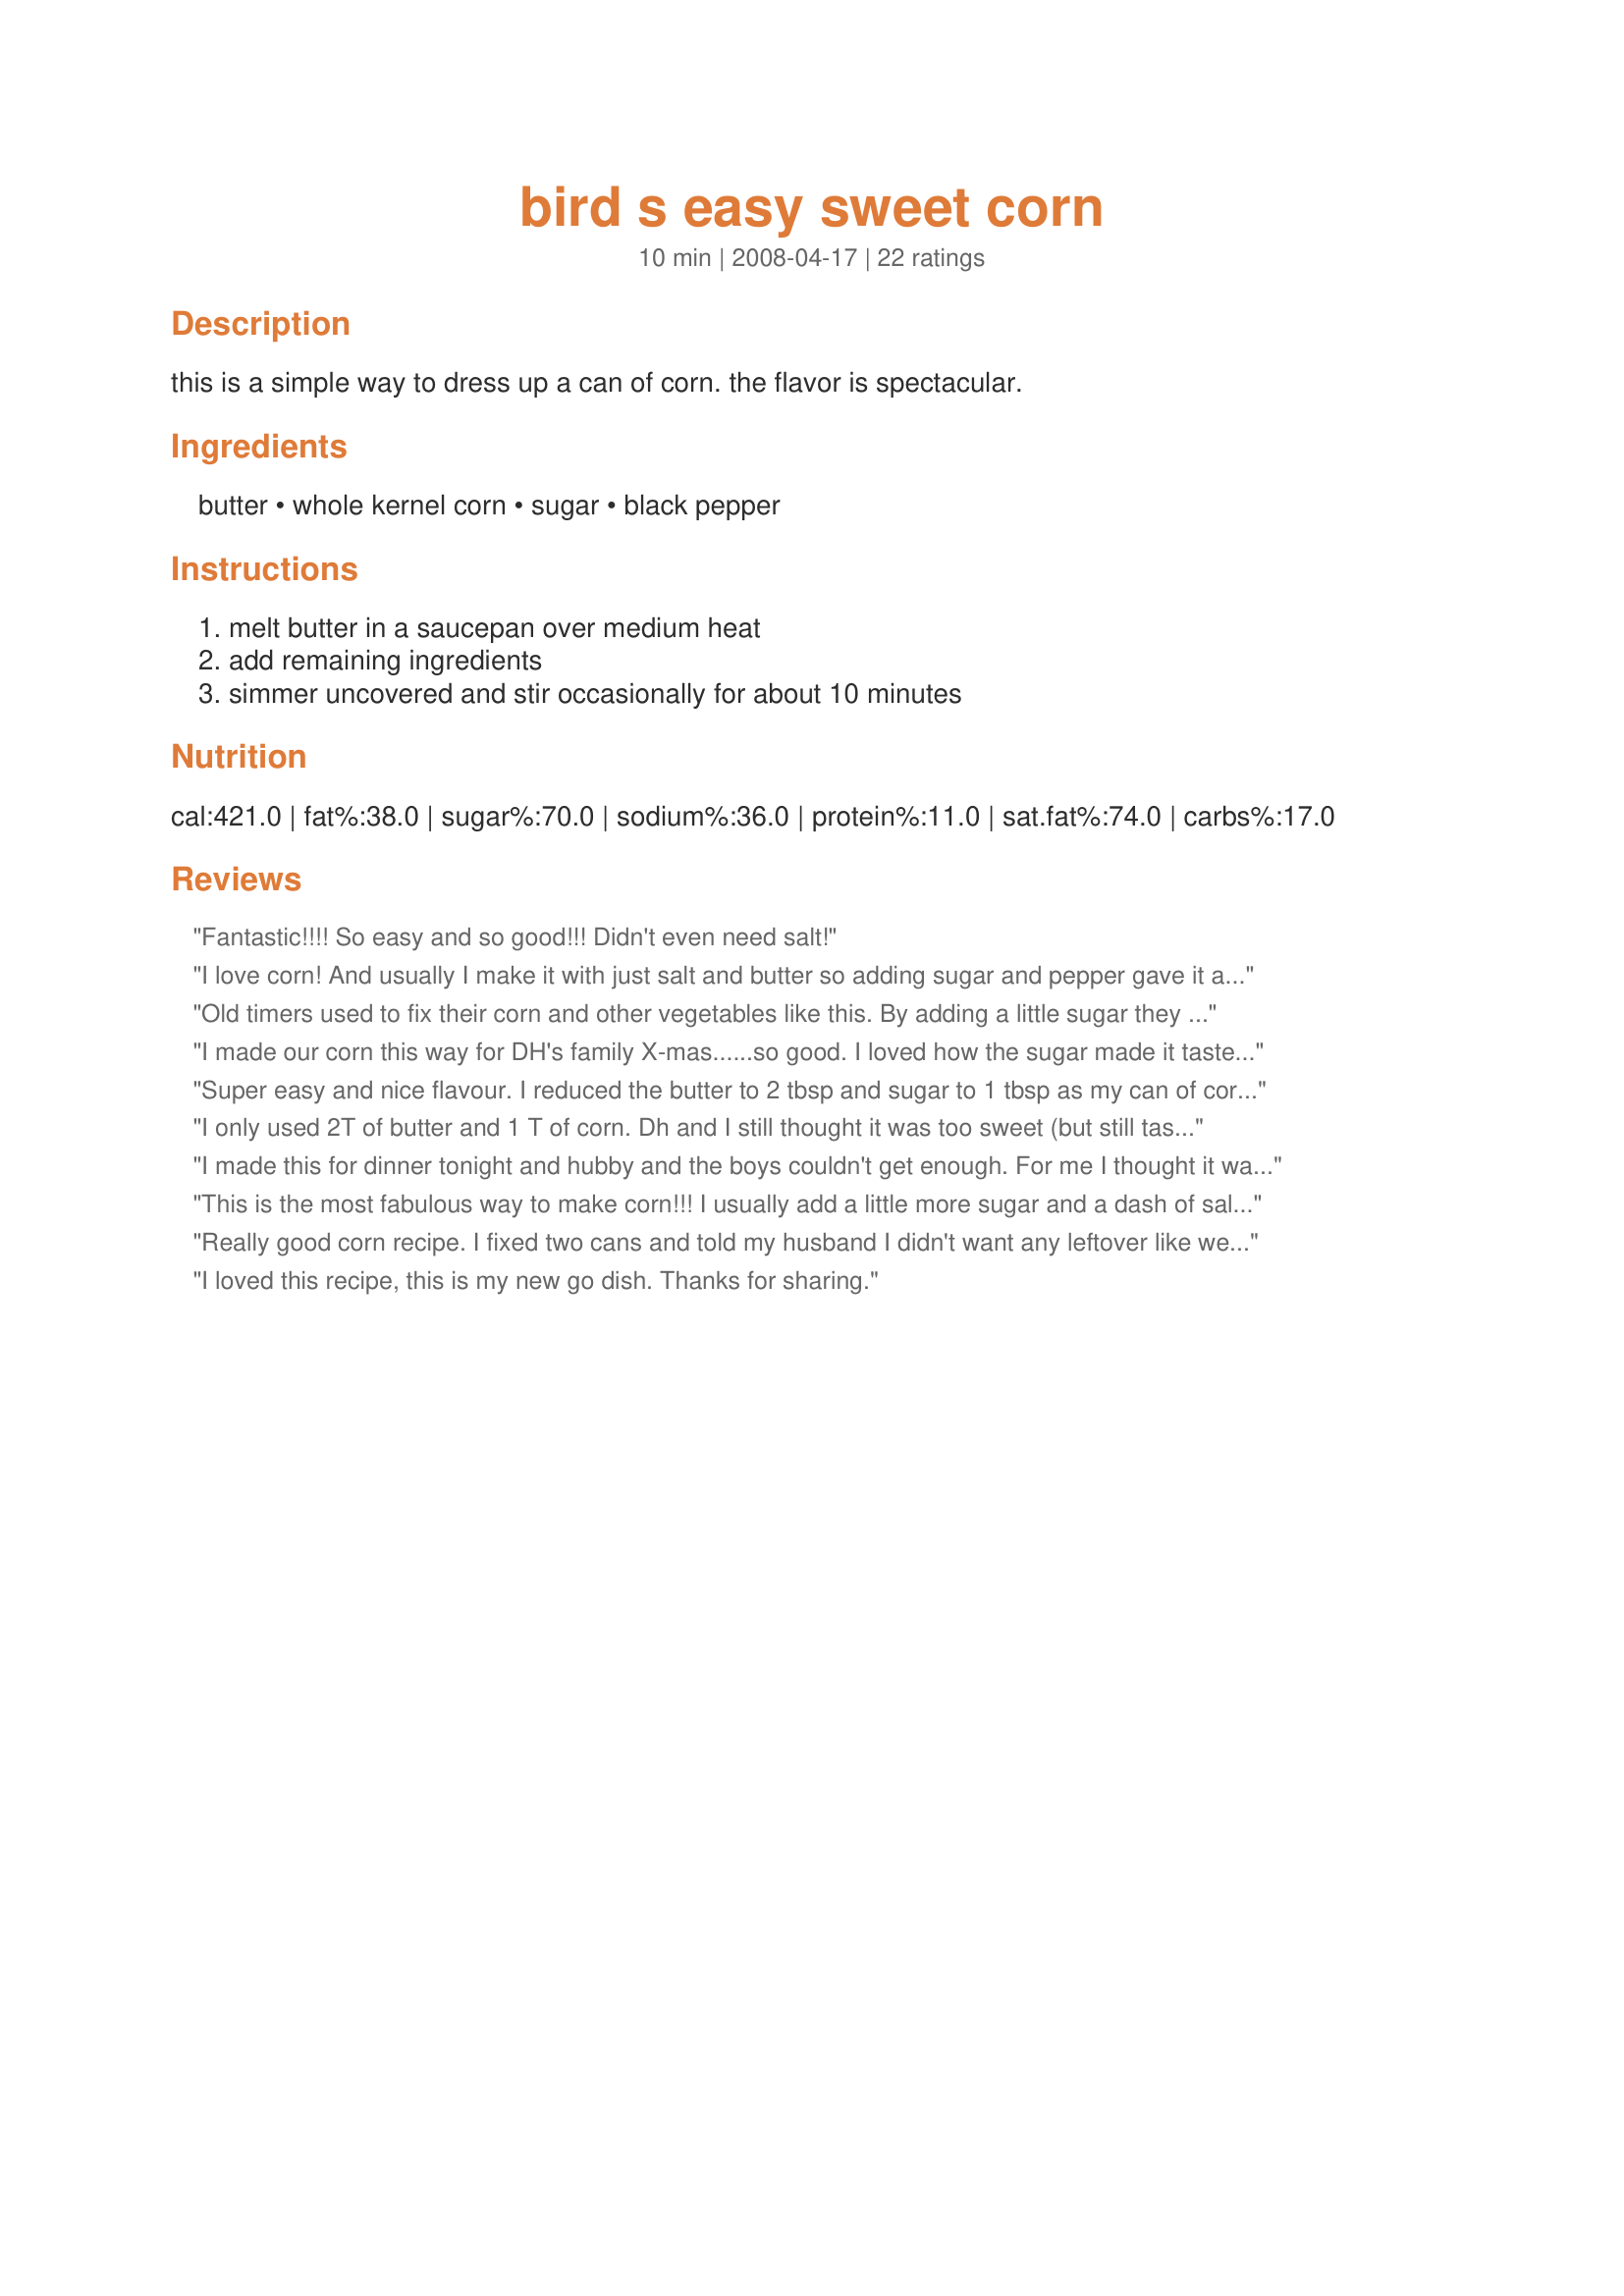
bird s easy sweet corn
Preparation time: 10 minutes

this is a simple way to dress up a can of corn. the flavor is spectacular.

Ingredients:
butter, whole kernel corn, sugar, black pepper

Steps:
melt butter in a saucepan over medium heat, add remaining ingredients, simmer uncovered and stir occasionally for about 10 minutes

Reviews:
Fantastic!!!! So easy and so good!!! Didn't even need salt!
I love corn! And usually I make it with just salt and butter so adding sugar and pepper gave it a new twist which was quite enjoyable. I didn't really find it too sweet as I used sugar substitute for it and there's pepper in it which is definitely not sweet. lol
Oh, did you say it's 2 servings?Oops! I guess I have to share then.. if there are still leftovers when DH wakes up. Thanks 2Bleu for a quick satisfying dish!
Old timers used to fix their corn and other vegetables like this. By adding a little sugar they were able to get their children to eat vegetables. This is good, but even less sugar and butter can be used. Thanks for posting.
I made our corn this way for DH's family X-mas......so good. I loved how the sugar made it taste like fresh from the cob. Thank you for posting.
Super easy and nice flavour. I reduced the butter to 2 tbsp and sugar to 1 tbsp as my can of corn was 12oz. Will make this again. Thx.
I only used 2T of butter and 1 T of corn. Dh and I still thought it was too sweet (but still tasty), but the kids inhaled several portions, even Mr. Picky! I will definitely make it again but cut back further on the sugar.
I made this for dinner tonight and hubby and the boys couldn't get enough. For me I thought it was a bit sweet but overone else overruled me. The kids went back for thirds. I followed the recipe as written other then I doubled the recipe and used Splenda instead of sugar as that is all I buy.
This is the most fabulous way to make corn!!! I usually add a little more sugar and a dash of salt.Delicious and easy!!!!
Really good corn recipe. I fixed two cans and told my husband I didn't want any leftover like we usually have. He replied that if I'd fix it that way all the time, there wouldn't be. LOL. The pepper was my favorite part. Thanks for sharing. Prepared for PAC.
I loved this recipe, this is my new go dish. Thanks for sharing.
Yummy! It doesn't get any simpler than this. I was really surprised how much difference adding the sugar made. Thanks 2Bleu for another keeper. Made for Photo Tag.
What a great idea and can't believe I never thought to do this with frozen or canned corn, as I have done this to older corn on the cob. I served this along with Recipe #229108 and mashed potatoes!! I only used 1-2 tablespoons butter and less than a tablespoon of sugar with a 15 ounce can, for our tastes and that worked out great. I think using this on the store brand canned or frozen corn would make it taste good and save some money from not getting the better brand name corn. Made for Holiday Tag.
Made this corn tonight without telling DH or DS about the added sugar. (I always use butter and pepper) Both of them commented and said this corn is really good, is it a different kind? They were shocked to hear that all I did differently was add some sugar. Will definitely make my corn this way from now on.
Delicious! So easy a bachelor could make it! I added minute rice.
OMG, OMG, OMG! This is one of my favorite ways to cook canned corn now! Usually I just dump in pan, heat on medium, add some black pepper.... I followed your recipe exactly except I did end up using Smart Balance with Flaxseed Oil spread and just under 2 T of sugar. This was sooo good and sooo easy and just sooo amazing. I nearly ate the entire can myself, but I had to share with bf, b/c he loves corn. He liked this also. Thanks 2bleu for an awesome recipe. :) Corn lovers rejoice! I forgot to add I will also start making frozen corn this way also; usually I just heat up with a bit of water in the micro per package directions, add some Smart Balance and pepper, but this was so much better!
Quick and easy, will make canned corn this way forever more. I might even try frozen corn now! Thank you so much for the simple change.
Loved this! Used a bag of frozen corn. Tasted just like fresh sweet corn. I can't wait to make it for my niece, she is a true Iowa girl...loves her corn! Thanks for the recipe!
Very nice *and* easy! As a general rule, I don't like to add sugar to veggies, but I decided to give this a try and was very pleased with the result. Thank you, 2Bleu!
I did a modified version...used frozen corn in the microwave but the added sugar really made the difference. I'll keep this one!
I was looking for something new to do with canned corn. This is quick, easy and very good. I'll be making it again.
could it get more simple than this? This reminds me of my mil's fresh canned corn..lots of sugar and butter. made for holiday tag
I used 1/2 T. of Salt. Corn just needs just a little bit of help sometimes. Your recipe did the trick. Thank You for the recipe. Very Very Good. Hugs
